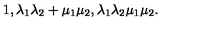
1 , \lambda _ { 1 } \lambda _ { 2 } + \mu _ { 1 } \mu _ { 2 } , \lambda _ { 1 } \lambda _ { 2 } \mu _ { 1 } \mu _ { 2 } .